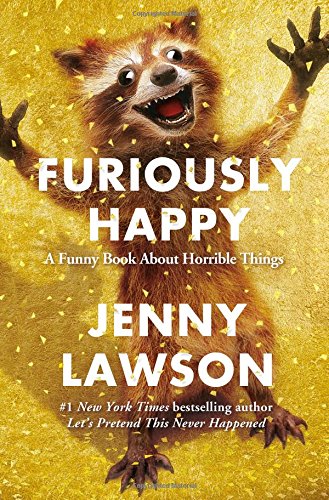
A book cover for Furiously Happy: A Funny Book About Horrible Things; Jenny Lawson; Humor & Entertainment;